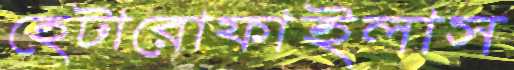
হেটারোফাইলাস